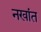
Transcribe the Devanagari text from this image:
नखांत